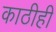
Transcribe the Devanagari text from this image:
काठीही